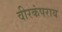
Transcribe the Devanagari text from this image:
वीरकंपराय